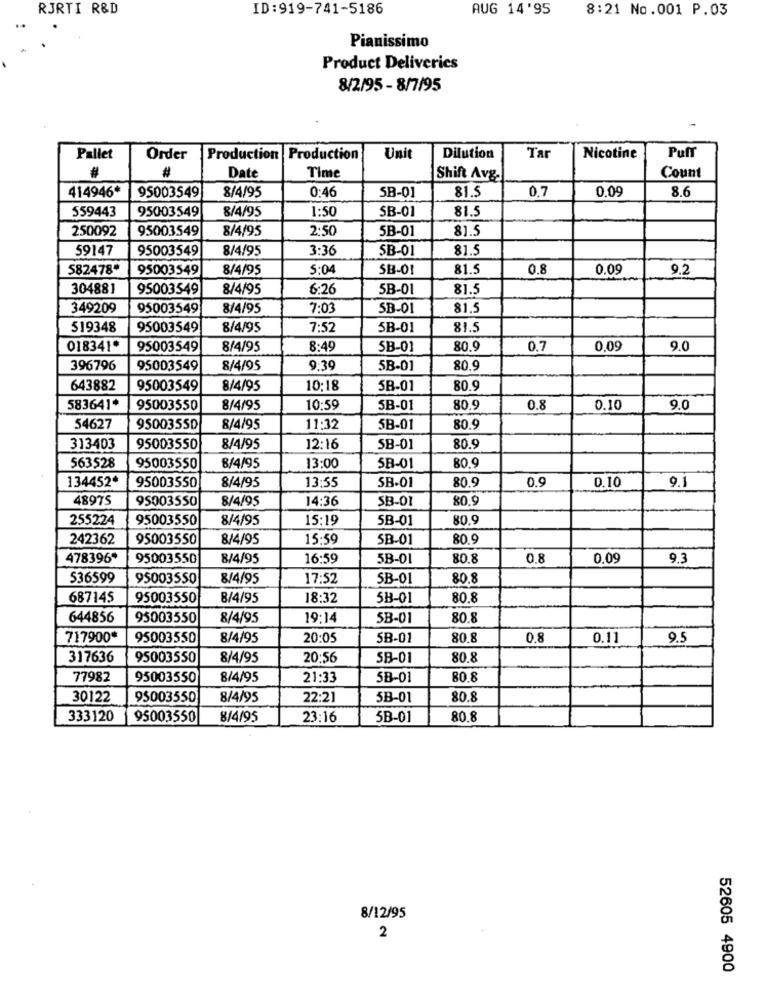
RJRTI R&D
ID:919-741-5186
AUG 14'95
8:21 No.001 P.03
..
Pianissimo
Product Deliveries
8/2/95 - 8/7/95
Pallet
Order
Production Production
Unit
Dilution
Tar
Nicotine
Puff
Date
Time
Shift Avg.
Count
414946*
0:46
81.5
0.7
0,09
8.6
95003549
8/4/95
SB-01
559443
95003549
8/4/95
1:50
SB-01
81.5
250092
95003549
8/4/95
2:50
5B-01
81.5
59147
95003549
8/4/95
3:36
SB-01
81.5
582478
95003549
8/4/95
5:04
SB-01
81.5
0.8
0.09
9.2
304881
95003549
8/4/95
6:26
5B-01
81.5
349209
95003549
8/4/95
7:03
SB-01
81,5
519348
95003549
8/4/95
7:52
5B-01
81.5
018341*
95003549
8/4/95
8:49
SB-01
80.9
0.7
0,09
9.0
396796
95003549
8/4/95
9:39
5B-01
80.9
643882
95003549
8/4/95
10:18
5B-01
80.9
583641*
95003550
8/4/95
10:59
5B-01
80.9
0.8
0.10
9.0
54627
95003550
8/4/95
11:32
5B-01
80.9
313403
95003550
8/4/95
12:16
SB-01
80.9
563528
80.9
95003550
8/4/95
13:00
SB-01
134452ª
13:55
SB-01
80.9
0.9
9.1
95003550
8/4/95
0.10
48975
95003550
8/4/95
14:36
SB-01
80.9
255224
95003550
8/4/95
15:19
5B-01
80.9
242362
95003550
8/4/95
15:59
SB-01
80.9
478396*
95003550
8/4/95
16:59
5B-01
80.8
0.8
0.09
9.3
536599
95003550
8/4/95
17:52
SB-01
80.8
687145
95003550
8/4/95
18:32
58-01
80.8
644856
95003550
8/4/95
19:14
5B-01
80.8
717900*
95003550
8/4/95
20:05
SB-01
80.8
0.8
0.11
9.5
317636
95003550
8/4/95
20:56
SB-01
80.8
77982
95003550
8/4/95
21:33
5B-01
80.8
30122
95003550
8/4/95
22:21
5B-01
80.8
333120
95003550
8/4/95
23:16
5B-01
80.8
8/12/95
2
52605 4900